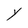
Character: Y